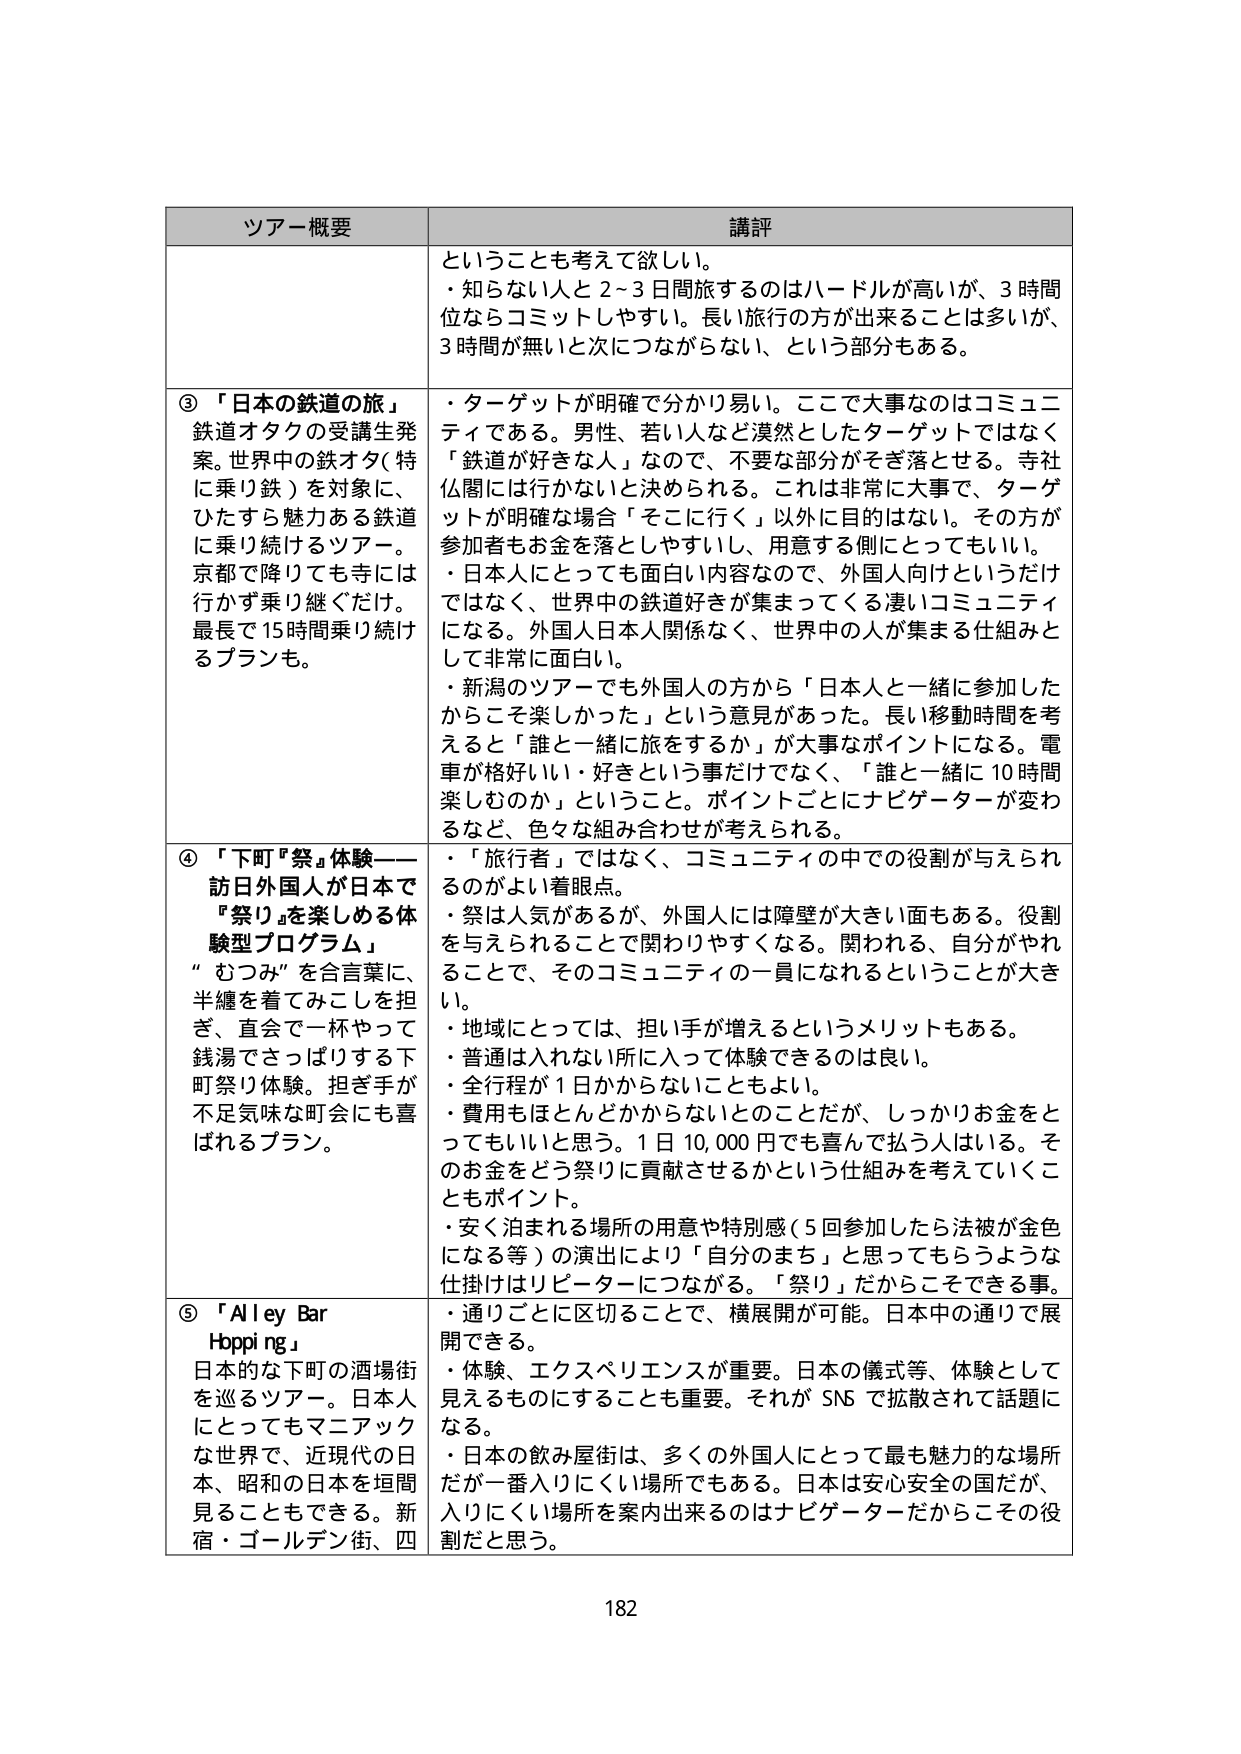
ツアー概要 講評
ということも考えて欲しい。
・知らない人と2~3日間旅するのはハードルが高いが、3時間位ならコミットしやすい。長い旅行の方が出来ることは多いが、3時間が無いと次につながらない、という部分もある。
③「日本の鉄道の旅」
鉄道オタクの受講生発案。世界中の鉄オタ(特に乗り鉄)を対象に、ひたすら魅力ある鉄道に乗り続けるツアー。京都で降りても寺には行かず乗リ継ぐだけ。最長で15時間乗り続けるプランも。
・ターゲットが明確で分かり易い。ここで大事なのはコミュニティである。男性、若い人など漠然としたターゲットではなく「鉄道が好きな人」なので、不要な部分がそぎ落とせる。寺社仏閣には行かないと決められる。これは非常に大事で、ターゲットが明確な場合「そこに行く」以外に目的はない。その方が参加者もお金を落としやすいし、用意する側にとってもいい。
・日本人にとっても面白い内容なので、外国人向けというだけではなく、世界中の鉄道好きが集まってくる凄いコミュニティになる。外国人日本人関係なく、世界中の人があつまる仕組みとして非常に面白い。
・新潟のツアーでも外国人の方から「日本人と一緒に参加したからこそ楽しかった」という意見があった。長い移動時間を考えると「誰と一緒に旅をするか」が大事なポイントになる。電車が格好いい・好きという事だけでなく、「誰と一緒に10時間楽しむのか」ということ。ポイントごとにナビゲーターが変わるなど、色々な組み合わせが考えられる。
④「下町『祭』体験――訪日外国人が日本で『祭り』を楽しめる体験型プログラム」
“むつみ”を合言葉に、半纏を着てみこしを担ぎ、直会で一杯やって銭湯でさっぱりする下町祭り体験。担ぎ手が不足気味な町会にも喜ばれるプラン。
・「旅行者」ではなく、コミュニティの中での役割が与えられるのがよい着眼点。
・祭は人気があるが、外国人には障壁が大きい面もある。役割を与えられることで関わりやすくなる。関われる、自分がやれることで、そのコミュニティの一員になれるということが大きい。
・地域にとっては、担い手が増えるというメリットもある。
・普通は入れない所に入って体験できるのは良い。
・全行程が1日かからないこともよい。
・費用もほとんどかからないとのことだが、しっかりお金をとってもいいと思う。1日10,000円でも喜んで払う人はいる。そのお金をどう祭りに貢献させるかという仕組みを考えていくこともポイント。
・安く泊まれる場所の用意や特別感(5回参加したら法被が金色になる等)の演出により「自分のまち」と思ってもらうような仕掛けはリピーターにつながる。「祭り」だからこそできる事。
⑤「Alley Bar Hopping」
日本のな下町の酒場街を巡るツアー。日本人にとってもマニアックな世界で、近現代の日本、昭和の日本を垣間見ることもできる。新宿・ゴールデン街、四
・通りごとに区切ることで、横展開が可能。日本中の通りで展開できる。
・体験、エクスペリエンスが重要。日本の儀式等、体験として見えるものにすることも重要。それがSNSで拡散されて話題になる。
・日本の飲み屋街は、多くの外国人にとって最も魅力的な場所だが一番入りにくい場所でもある。日本は安心安全の国だが、入りにくい場所を案内出来るのはナビゲーターだからこそその役割だと思う。
182